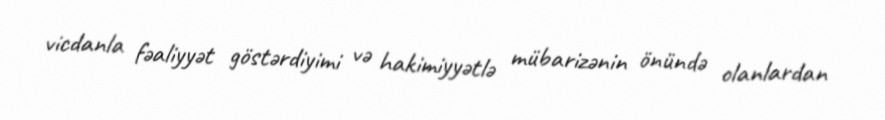
vicdanla fəaliyyət göstərdiyimi və hakimiyyətlə mübarizənin önündə olanlardan